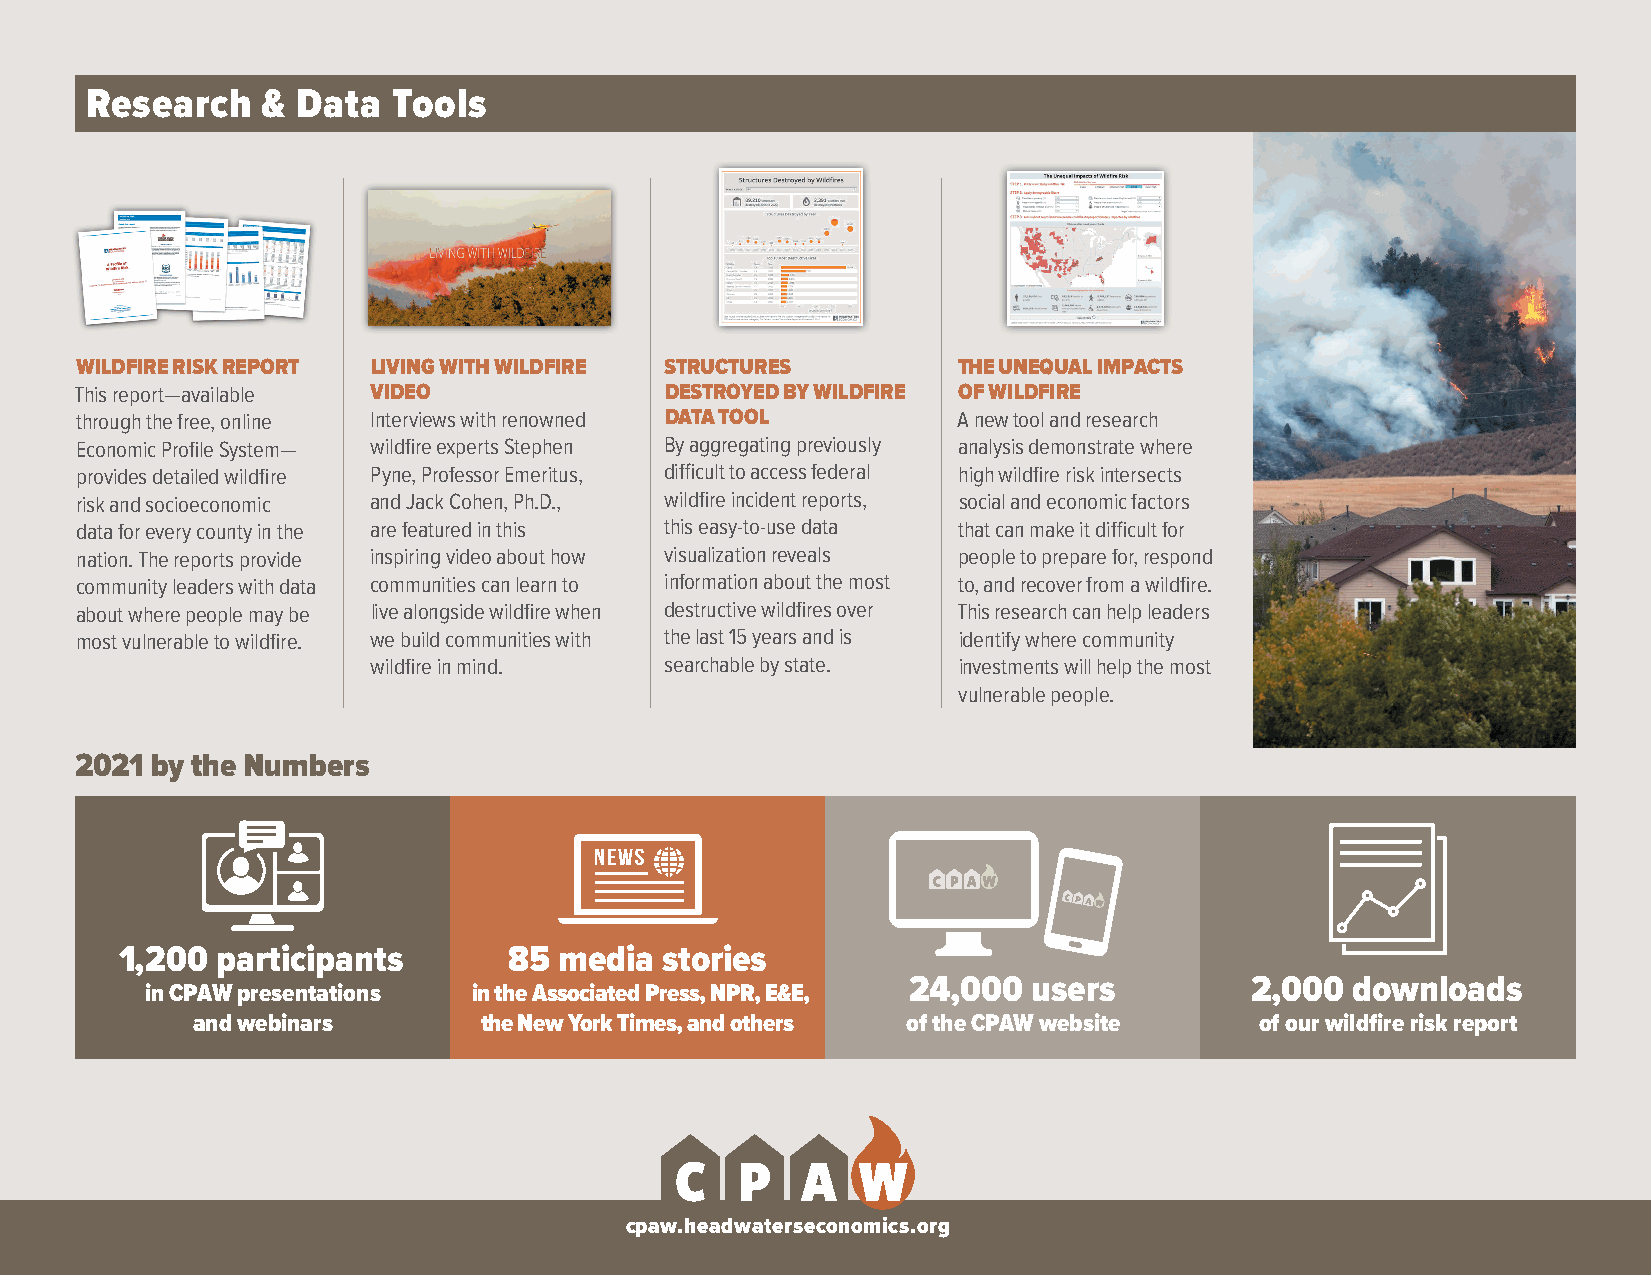
Research   &  Data  Tools
 WILDFIRE RISK REPORT LIVING WITH WILDFIRE STRUCTURES      THE UNEQUAL IMPACTS
 This report—available VIDEO            DESTROYED BY WILDFIRE OF WILDFIRE
 through the free, online Interviews with renowned DATA TOOL A new tool and research
 Economic Profile System— wildfire experts Stephen By aggregating previously analysis demonstrate where
 provides detailed wildfire Pyne, Professor Emeritus, difficult to access federal high wildfire risk intersects
 risk and socioeconomic and Jack Cohen, Ph.D., wildfire incident reports, social and economic factors
 data for every county in the are featured in this this easy-to-use data that can make it difficult for
 nation. The reports provide inspiring video about how visualization reveals people to prepare for, respond
 community leaders with data communities can learn to information about the most to, and recover from a wildfire.
 about where people may be live alongside wildfire when destructive wildfires over This research can help leaders
 most vulnerable to wildfire. we build communities with the last 15 years and is identify where community
 wildfire in mind.  searchable by state. investments will help the most
 vulnerable people.
 2021 by the Numbers
 1,200 participants        85 media  stories
 24,000  users          2,000  downloads
 in CPAW presentations in the Associated Press, NPR, E&E,
 and webinars       the New York Times, and others of the CPAW website of our wildfire risk report
 cpaw.headwaterseconomics.org